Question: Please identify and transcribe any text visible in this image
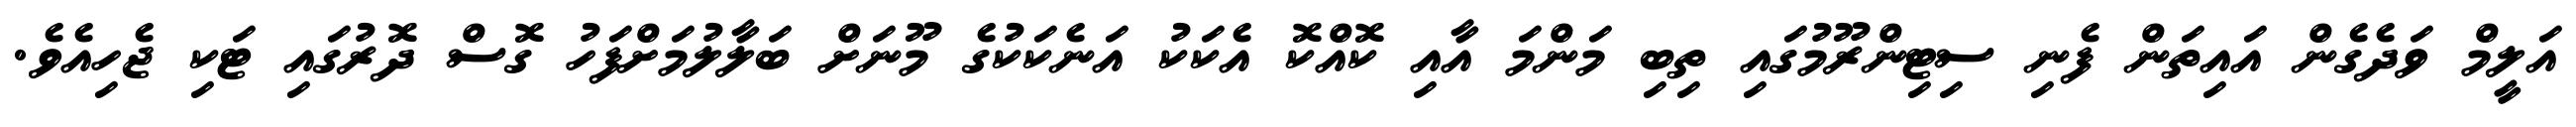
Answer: އަލީމް ވަދެގެން އައިތަން ފެނި ސިޓިންރޫމުގައި ތިބި މަންމަ އާއި ކޮއްކޮ އެކަކު އަނެކަކުގެ މޫނަށް ބަލާލުމަށްފަހު ގޮސް ދޮރުގައި ޓަކި ޖެހިއެވެ.